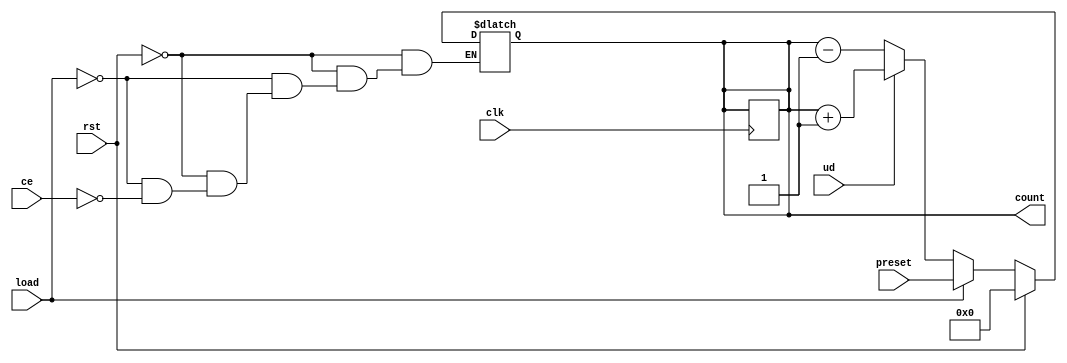
module async_load_counter (
    input wire clk,              // Clock signal
    input wire rst,              // Asynchronous reset
    input wire load,             // Asynchronous load signal
    input wire ce,               // Count enable signal
    input wire ud,               // Up/Down control signal
    input wire [7:0] preset,     // Preset value (8-bit)
    output reg [7:0] count       // Current counter value (8-bit)
);

    // Counter operation
    always @(*) begin
        if (rst) begin
            // Asynchronous reset
            count = 8'b00000000; // Clear counter
        end else if (load) begin
            // Asynchronous load
            count = preset; // Load preset value
        end else if (ce) begin
            // Count up or down based on ud
            if (ud) begin
                // Increment
                count = count + 1;
            end else begin
                // Decrement
                count = count - 1;
            end
        end
    end

    // Sequential logic for counting on clock edge
    always @(posedge clk) begin
        // The synchronous part of the counter
        // This will update based on the combinational logic defined above
        // Only when ce is high will the count be updated
        if (ce) begin
            // Update the counter value
            count <= count;
        end
    end

endmodule